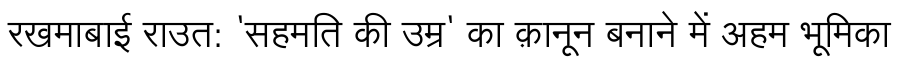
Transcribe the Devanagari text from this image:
रखमाबाई राउत: 'सहमति की उम्र' का क़ानून बनाने में अहम भूमिका